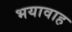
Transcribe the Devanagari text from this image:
भयावाह